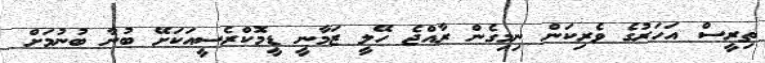
ތިރީސް އަހަރުގެ ވެރިކަން ނިމިގެން ރާއްޖެ ހޭލީ ޒަމާނީ ޑީމޮކްރެސީއަކަށޭ ބުނާ ބުނުމަށް